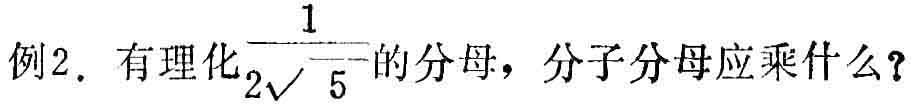
例2. 有理化$\frac{1}{2\sqrt{5}}$的分母，分子分母应乘什么？